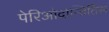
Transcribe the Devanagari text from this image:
पेरिओदोन्तितिस